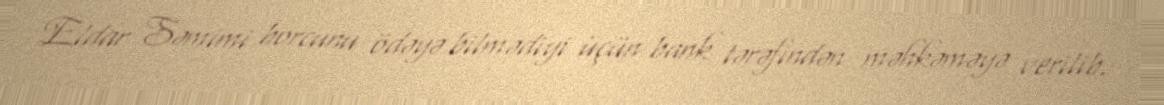
Eldar Səmimi borcunu ödəyə bilmədiyi üçün bank tərəfindən məhkəməyə verilib.